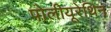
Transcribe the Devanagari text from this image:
पोलीयूरेथिन